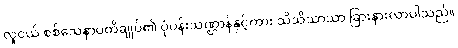
လူငယ် စစ်သေနာပတိချုပ်၏ ပုံပန်းသဏ္ဌာန်နှင့်ကား သိသိသာသာ ခြားနားလာပါသည်။